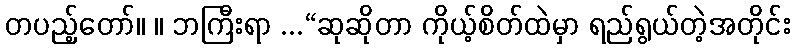
တပည့်တော်။ ။ ဘကြီးရာ ...“ဆုဆိုတာ ကိုယ့်စိတ်ထဲမှာ ရည်ရွယ်တဲ့အတိုင်း